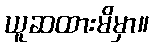
ယူဆထားမိမှာ။